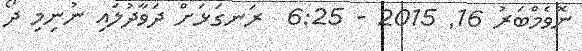
ނޮވެމްބަރު 16